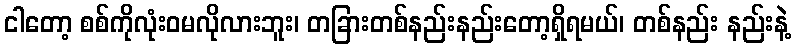
ငါတော့ စစ်ကိုလုံးဝမလိုလားဘူး၊ တခြားတစ်နည်းနည်းတော့ရှိရမယ်၊ တစ်နည်း နည်းနဲ့